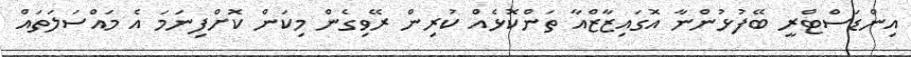
އިންޑަސްޓްރީ ބޭފުޅުންނާ އޮގައިޒާޒްއާ ތަންކޮޅެއް ކުރިން ރޭވިގެން މިކަން ކޮށްފިނަމަ އެ މައްސަލަތައް